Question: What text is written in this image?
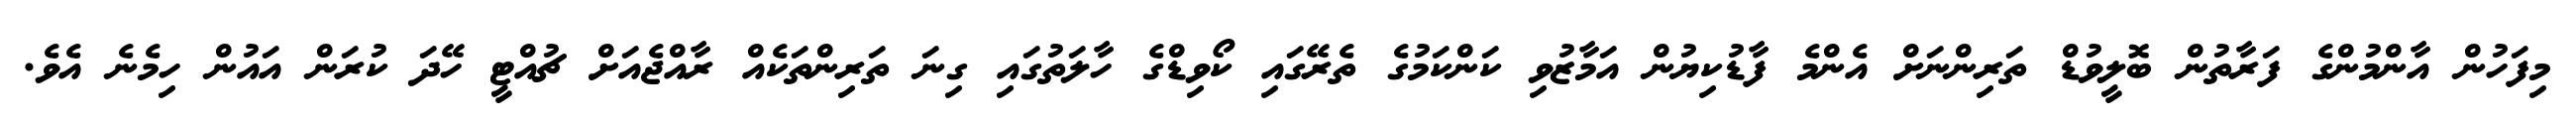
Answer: މިފަހުން އާންމުންގެ ފަރާތުން ބޮލީވުޑް ތަރިންނަށް އެންމެ ފާޑުކިޔުން އަމާޒުވި ކަންކަމުގެ ތެރޭގައި ކޯވިޑްގެ ހާލަތުގައި ގިނަ ތަރިންތަކެއް ރާއްޖެއަށް ޗުއްޓީ ހޭދަ ކުރަން އައުން ހިމެނެ އެވެ.